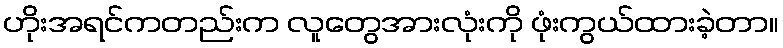
ဟိုးအရင်ကတည်းက လူတွေအားလုံးကို ဖုံးကွယ်ထားခဲ့တာ။